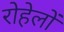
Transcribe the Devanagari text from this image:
रोहेलों